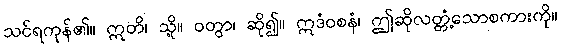
သင်ရကုန်၏။ ဣတိ၊ သို့။ ဝတွာ၊ ဆို၍။ ဣဒံဝစနံ၊ ဤဆိုလတ္တံ့သောစကားကို။